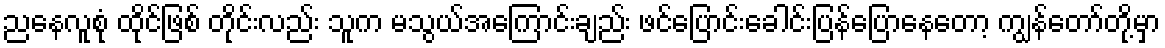
ညနေလူစုံ ထိုင်ဖြစ် တိုင်းလည်း သူက မသွယ်အကြောင်းချည်း ဖင်ပြောင်းခေါင်းပြန်ပြောနေတော့ ကျွန်တော်တို့မှာ